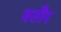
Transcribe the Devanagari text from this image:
वतौर